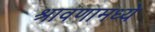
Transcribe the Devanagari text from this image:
श्रावणामध्ये